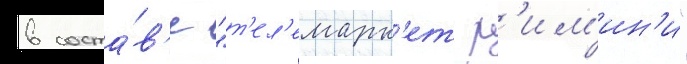
в соста́в'е "т'ел'емарк'ет р'им'ин'и"